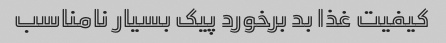
کیفیت غذا بد برخورد پیک بسیار نامناسب